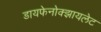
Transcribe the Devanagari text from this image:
डायफेनोक्झायलेट